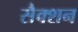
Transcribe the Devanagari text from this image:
सैक्शन